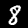
Digit: 8